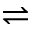
\rightleftharpoons